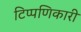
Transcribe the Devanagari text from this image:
टिप्पणिकारी